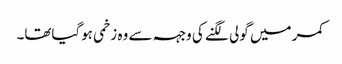
کمر میں گولی لگنے کی وجہہ سے وہ زخمی ہوگیاتھا۔